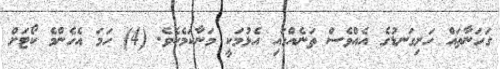
ގަހަނާތައް ހަށިގަނޑުގެ އެއްވެސް ތަނެއްގައި އެޅުމަކީ މަނާކަމެކެވެެ. (4) ހަމަ އެހެންމެ ކޯޓަށް